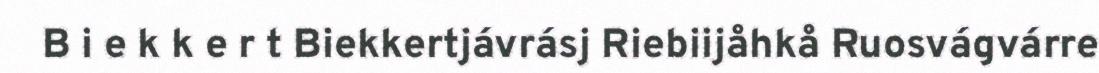
B i e k k e r t Biekkertjávrásj Riebiijåhkå Ruosvágvárre